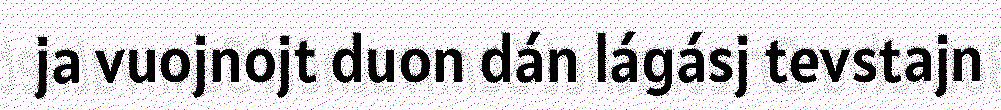
ja vuojnojt duon dán lágásj tevstajn